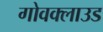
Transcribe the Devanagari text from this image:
गोवक्लाउड